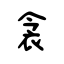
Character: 衾